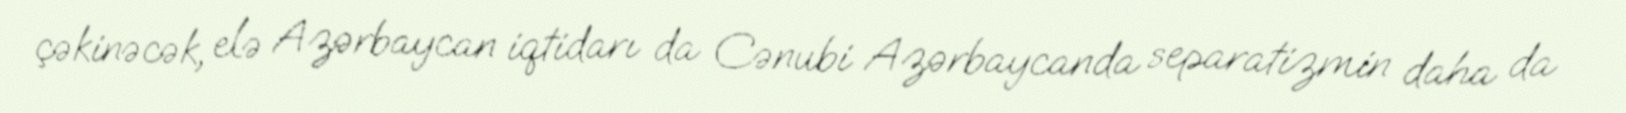
çəkinəcək, elə Azərbaycan iqtidarı da Cənubi Azərbaycanda separatizmin daha da